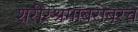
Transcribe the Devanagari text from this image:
शरीरश्रमांबरोबरच